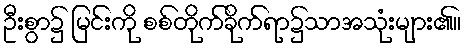
ဦးစွာ၌ မြင်းကို စစ်တိုက်ခိုက်ရာ၌သာအသုံးများ၏။